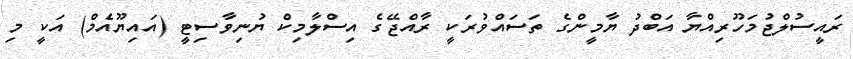
ރައީސުލްޖުމަހޫރިއްޔާ އަބްދު ޔާމީންގެ ތަސައްވުރަކީ ރާއްޖޭގެ އިސްލާމިކް ޔުނިވާސިޓީ (އައިޔޫއެމް) އަކީ މި